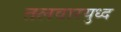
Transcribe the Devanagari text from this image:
तलवारयुध्द